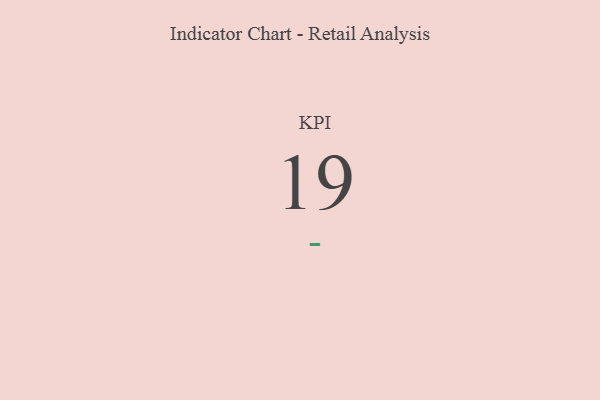
{"axis": {"x": "KPI", "y": "Value"}, "legend": [""], "data": [{"x": "KPI", "y": 19, "type": ""}]}